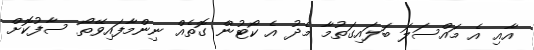
އާއި އެ މައްސަލަ ބަލައިގަތުމާ މެދު އެ ކޯޓުން ގޮތެއް ނިންމާފައިވޭތޯ ސާފުކޮށް